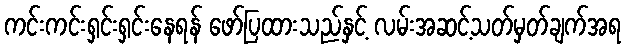
ကင်းကင်းရှင်းရှင်းနေရန် ဖော်ပြထားသည်နှင့် လမ်းအဆင့်သတ်မှတ်ချက်အရ